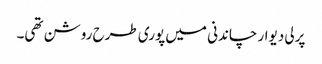
پرلی دیوار چاندنی میں پوری طرح روشن تھی۔